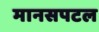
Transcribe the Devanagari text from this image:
मानसपटल